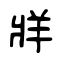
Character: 牂